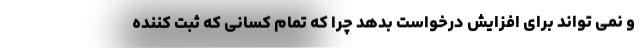
و نمی تواند برای افزایش درخواست بدهد چرا که تمام کسانی که ثبت کننده